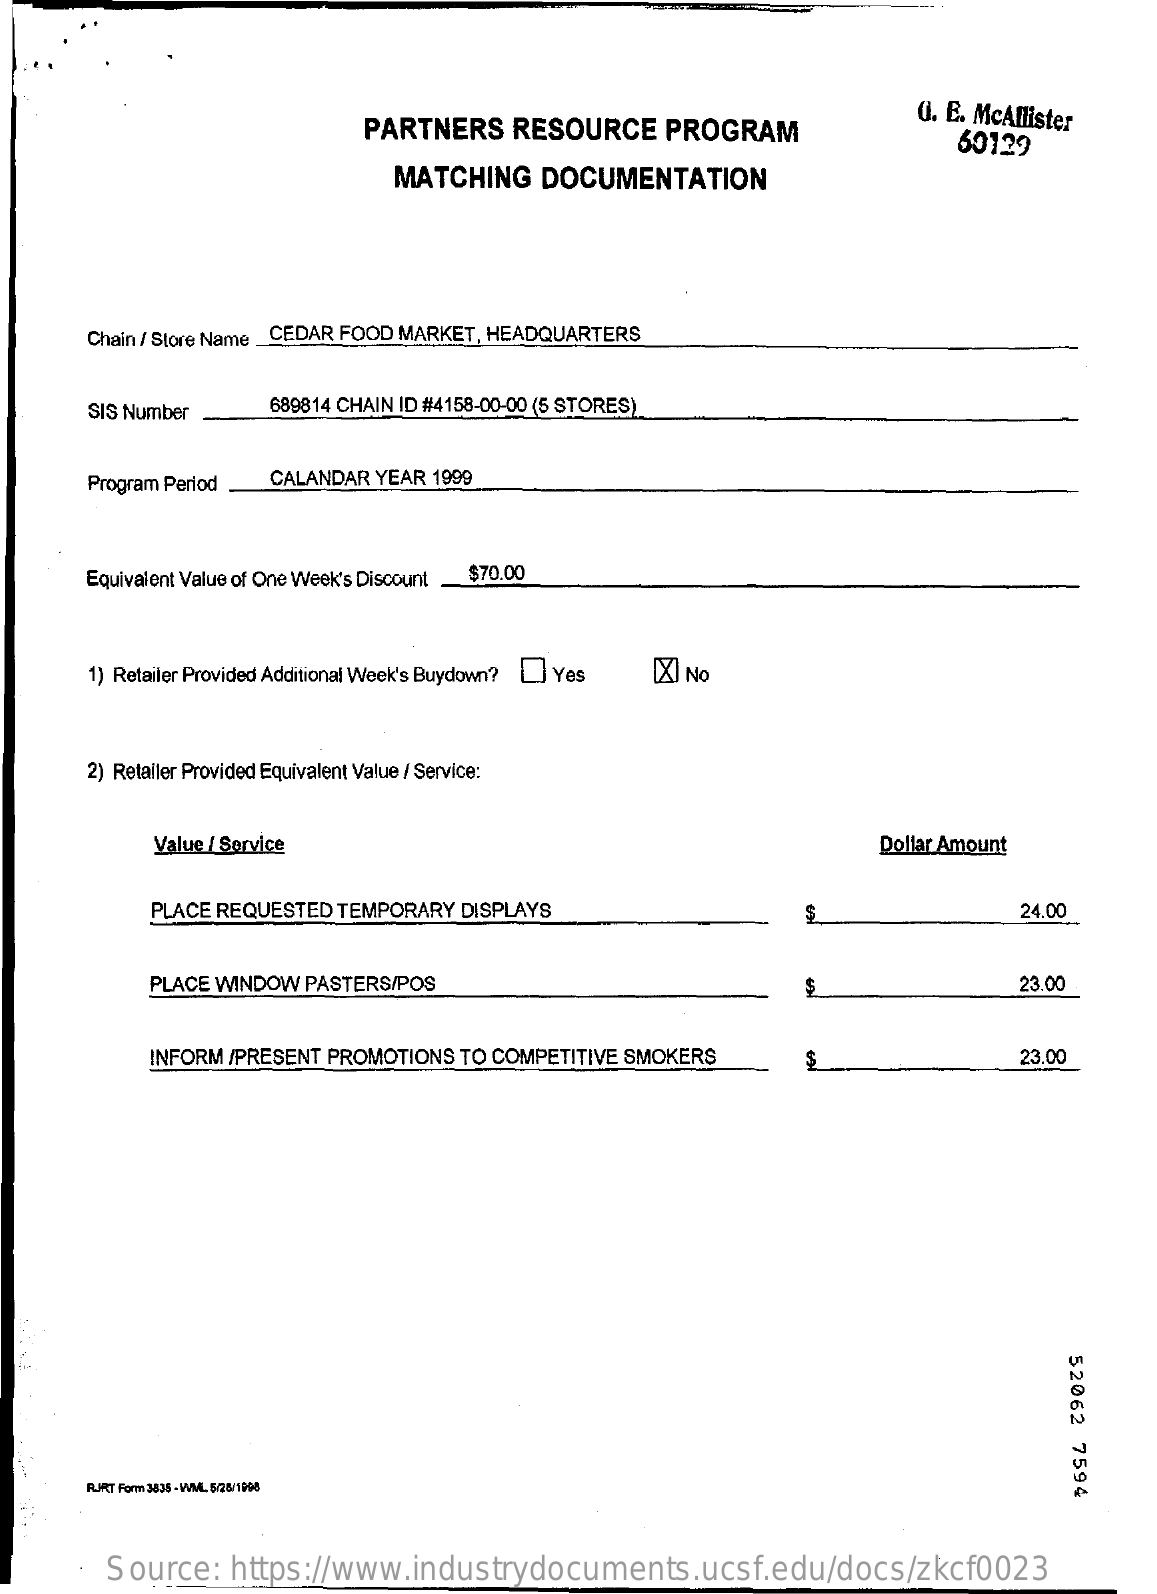
PARTNERS RESOURCE  PROGRAM
     G. E. McAllister
     60129
     MATCHING DOCUMENTATION
     Chain / Store Name _CEDAR FOOD MARKET, HEADQUARTERS
     SIS Number 689814 CHAIN ID #4158-00-00 (5 STORES)
     Program Period CALANDAR YEAR 1999
     Equivalent Value of One Week's Discount $70.00
     1) Retailer Provided Additional Week's Buydown? ] Yes [X] No
     2) Retailer Provided Equivalent Value / Service:
     Value / Service    Dollar Amount
     PLACE REQUESTED TEMPORARY DISPLAYS    24.00
     PLACE WINDOW PASTERS/POS    23.00
     INFORM /PRESENT PROMOTIONS TO COMPETITIVE SMOKERS    23.00
     52062
     7594
     RURT Form 3535 - WM 5/26/1998
     Source: https://www.industrydocuments.ucsf.edu/docs/zkcf0023